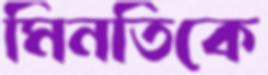
মিনতিকে